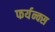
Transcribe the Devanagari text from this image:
फर्यन्क्स